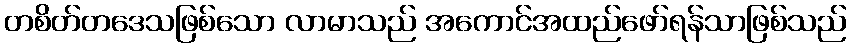
တစိတ်တဒေသဖြစ်သော လာမာသည် အကောင်အထည်ဖော်ရန်သာဖြစ်သည်